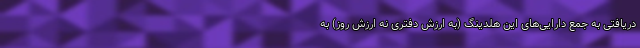
دریافتی به جمع دارایی‌های این هلدینگ (به ارزش دفتری نه ارزش روز) به